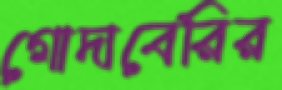
গোদাবেরির